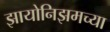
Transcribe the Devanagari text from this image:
झायोनिझमच्या